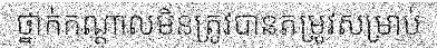
ថ្នាក់កណ្តាលមិនត្រូវបានតម្រូវសម្រាប់